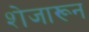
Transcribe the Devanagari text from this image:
शेजारून